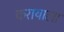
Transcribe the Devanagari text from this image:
करायाला